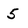
Character: 5